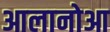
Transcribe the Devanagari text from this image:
आलानोआ